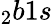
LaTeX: _2b1s